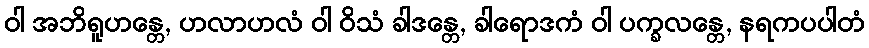
ဝါ အဘိရူဟန္တေ, ဟလာဟလံ ဝါ ဝိသံ ခါဒန္တေ, ခါရောဒကံ ဝါ ပက္ခလန္တေ, နရကပပါတံ